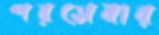
পরসেবার